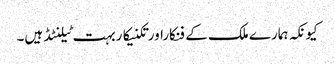
کیونکہ ہمارے ملک کے فنکاراورتکنیکاربہت ٹیلنٹڈ ہیں۔